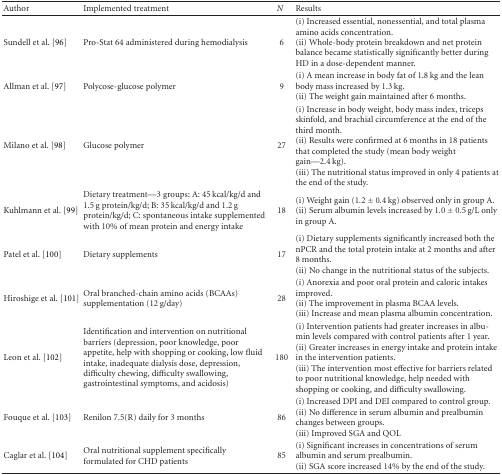
| Author | Implemented treatment | N | Results |
 | --- | --- | --- | --- |
 | Sundell et al. [96] | Pro-Stat 64 administered during hemodialysis | 6 | (i) Increased essential, nonessential, and total plasma amino acids concentration. (ii) Whole-body protein breakdown and net protein balance became statistically significantly better during HD in a dose-dependent manner. |
 | Allman et al. [97] | Polycose-glucose polymer | 9 | (i) A mean increase in body fat of 1.8 kg and the lean body mass increased by 1.3 kg. (ii) The weight gain maintained after 6 months. |
 | Milano et al. [98] | Glucose polymer | 27 | (i) Increase in body weight, body mass index, triceps skinfold, and brachial circumference at the end of the third month. (ii) Results were confirmed at 6 months in 18 patients that completed the study (mean body weight gain—2.4 kg). (iii) The nutritional status improved in only 4 patients at the end of the study. |
 | Kuhlmann et al. [99] | Dietary treatment—3 groups: A: 45 kcal/kg/d and 1.5 g protein/kg/d; B: 35 kcal/kg/d and 1.2 g protein/kg/d; C: spontaneous intake supplemented with 10% of mean protein and energy intake | 18 | (i) Weight gain (1.2 ± 0.4 kg) observed only in group A. (ii) Serum albumin levels increased by 1.0 ± 0.5 g/L only in group A. |
 | Patel et al. [100] | Dietary supplements | 17 | (i) Dietary supplements significantly increased both the nPCR and the total protein intake at 2 months and after 8 months. (ii) No change in the nutritional status of the subjects. |
 | Hiroshige et al. [101] | Oral branched-chain amino acids (BCAAs) supplementation (12 g/day) | 28 | (i) Anorexia and poor oral protein and caloric intakes improved. (ii) The improvement in plasma BCAA levels. (iii) Increase and mean plasma albumin concentration. |
 | Leon et al. [102] | Identification and intervention on nutritional barriers (depression, poor knowledge, poor appetite, help with shopping or cooking, low fluid intake, inadequate dialysis dose, depression, difficulty chewing, difficulty swallowing, gastrointestinal symptoms, and acidosis) | 180 | (i) Intervention patients had greater increases in albumin levels compared with control patients after 1 year. (ii) Greater increases in energy intake and protein intake in the intervention patients. (iii) The intervention most effective for barriers related to poor nutritional knowledge, help needed with shopping or cooking, and difficulty swallowing. |
 | Fouque et al. [103] | Renilon 7.5(R) daily for 3 months | 86 | (i) Increased DPI and DEI compared to control group. (ii) No difference in serum albumin and prealbumin changes between groups. (iii) Improved SGA and QOL. |
 | Caglar et al. [104] | Oral nutritional supplement specifically formulated for CHD patients | 85 | (i) Significant increases in concentrations of serum albumin and serum prealbumin. (ii) SGA score increased 14% by the end of the study. |